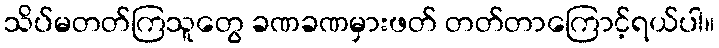
သိပ်မတတ်ကြသူတွေ ခဏခဏမှားဖတ် တတ်တာကြောင့်ရယ်ပါ။